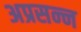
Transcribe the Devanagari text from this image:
अप्रसन्‍न